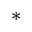
*